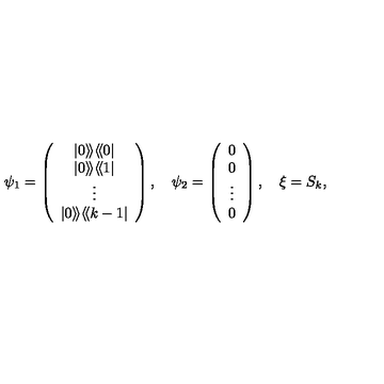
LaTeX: \psi _ { 1 } = \left( \begin{array} { c } { | 0 \rangle \! \rangle \langle \! \langle 0 | } \\ { | 0 \rangle \! \rangle \langle \! \langle 1 | } \\ { \vdots } \\ { | 0 \rangle \! \rangle \langle \! \langle k - 1 | } \\ \end{array} \right) , \quad \psi _ { 2 } = \left( \begin{array} { c } { 0 } \\ { 0 } \\ { \vdots } \\ { 0 } \\ \end{array} \right) , \quad \xi = S _ { k } ,